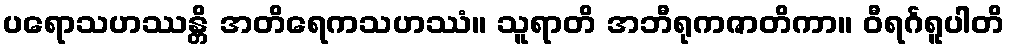
ပရောသဟဿန္တိ အတိရေကသဟဿံ။ သူရာတိ အဘီရုကဇာတိကာ။ ဝီရင်္ဂရူပါတိ